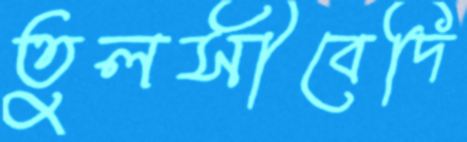
তুলসীবেদি